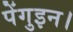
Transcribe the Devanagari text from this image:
पेंगुइन।